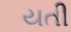
યતી